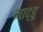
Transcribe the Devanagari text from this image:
माद्ड्र्